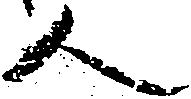
人